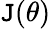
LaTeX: \mathtt{J}(\theta)